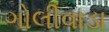
ગોલીવાડા